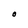
Character: O